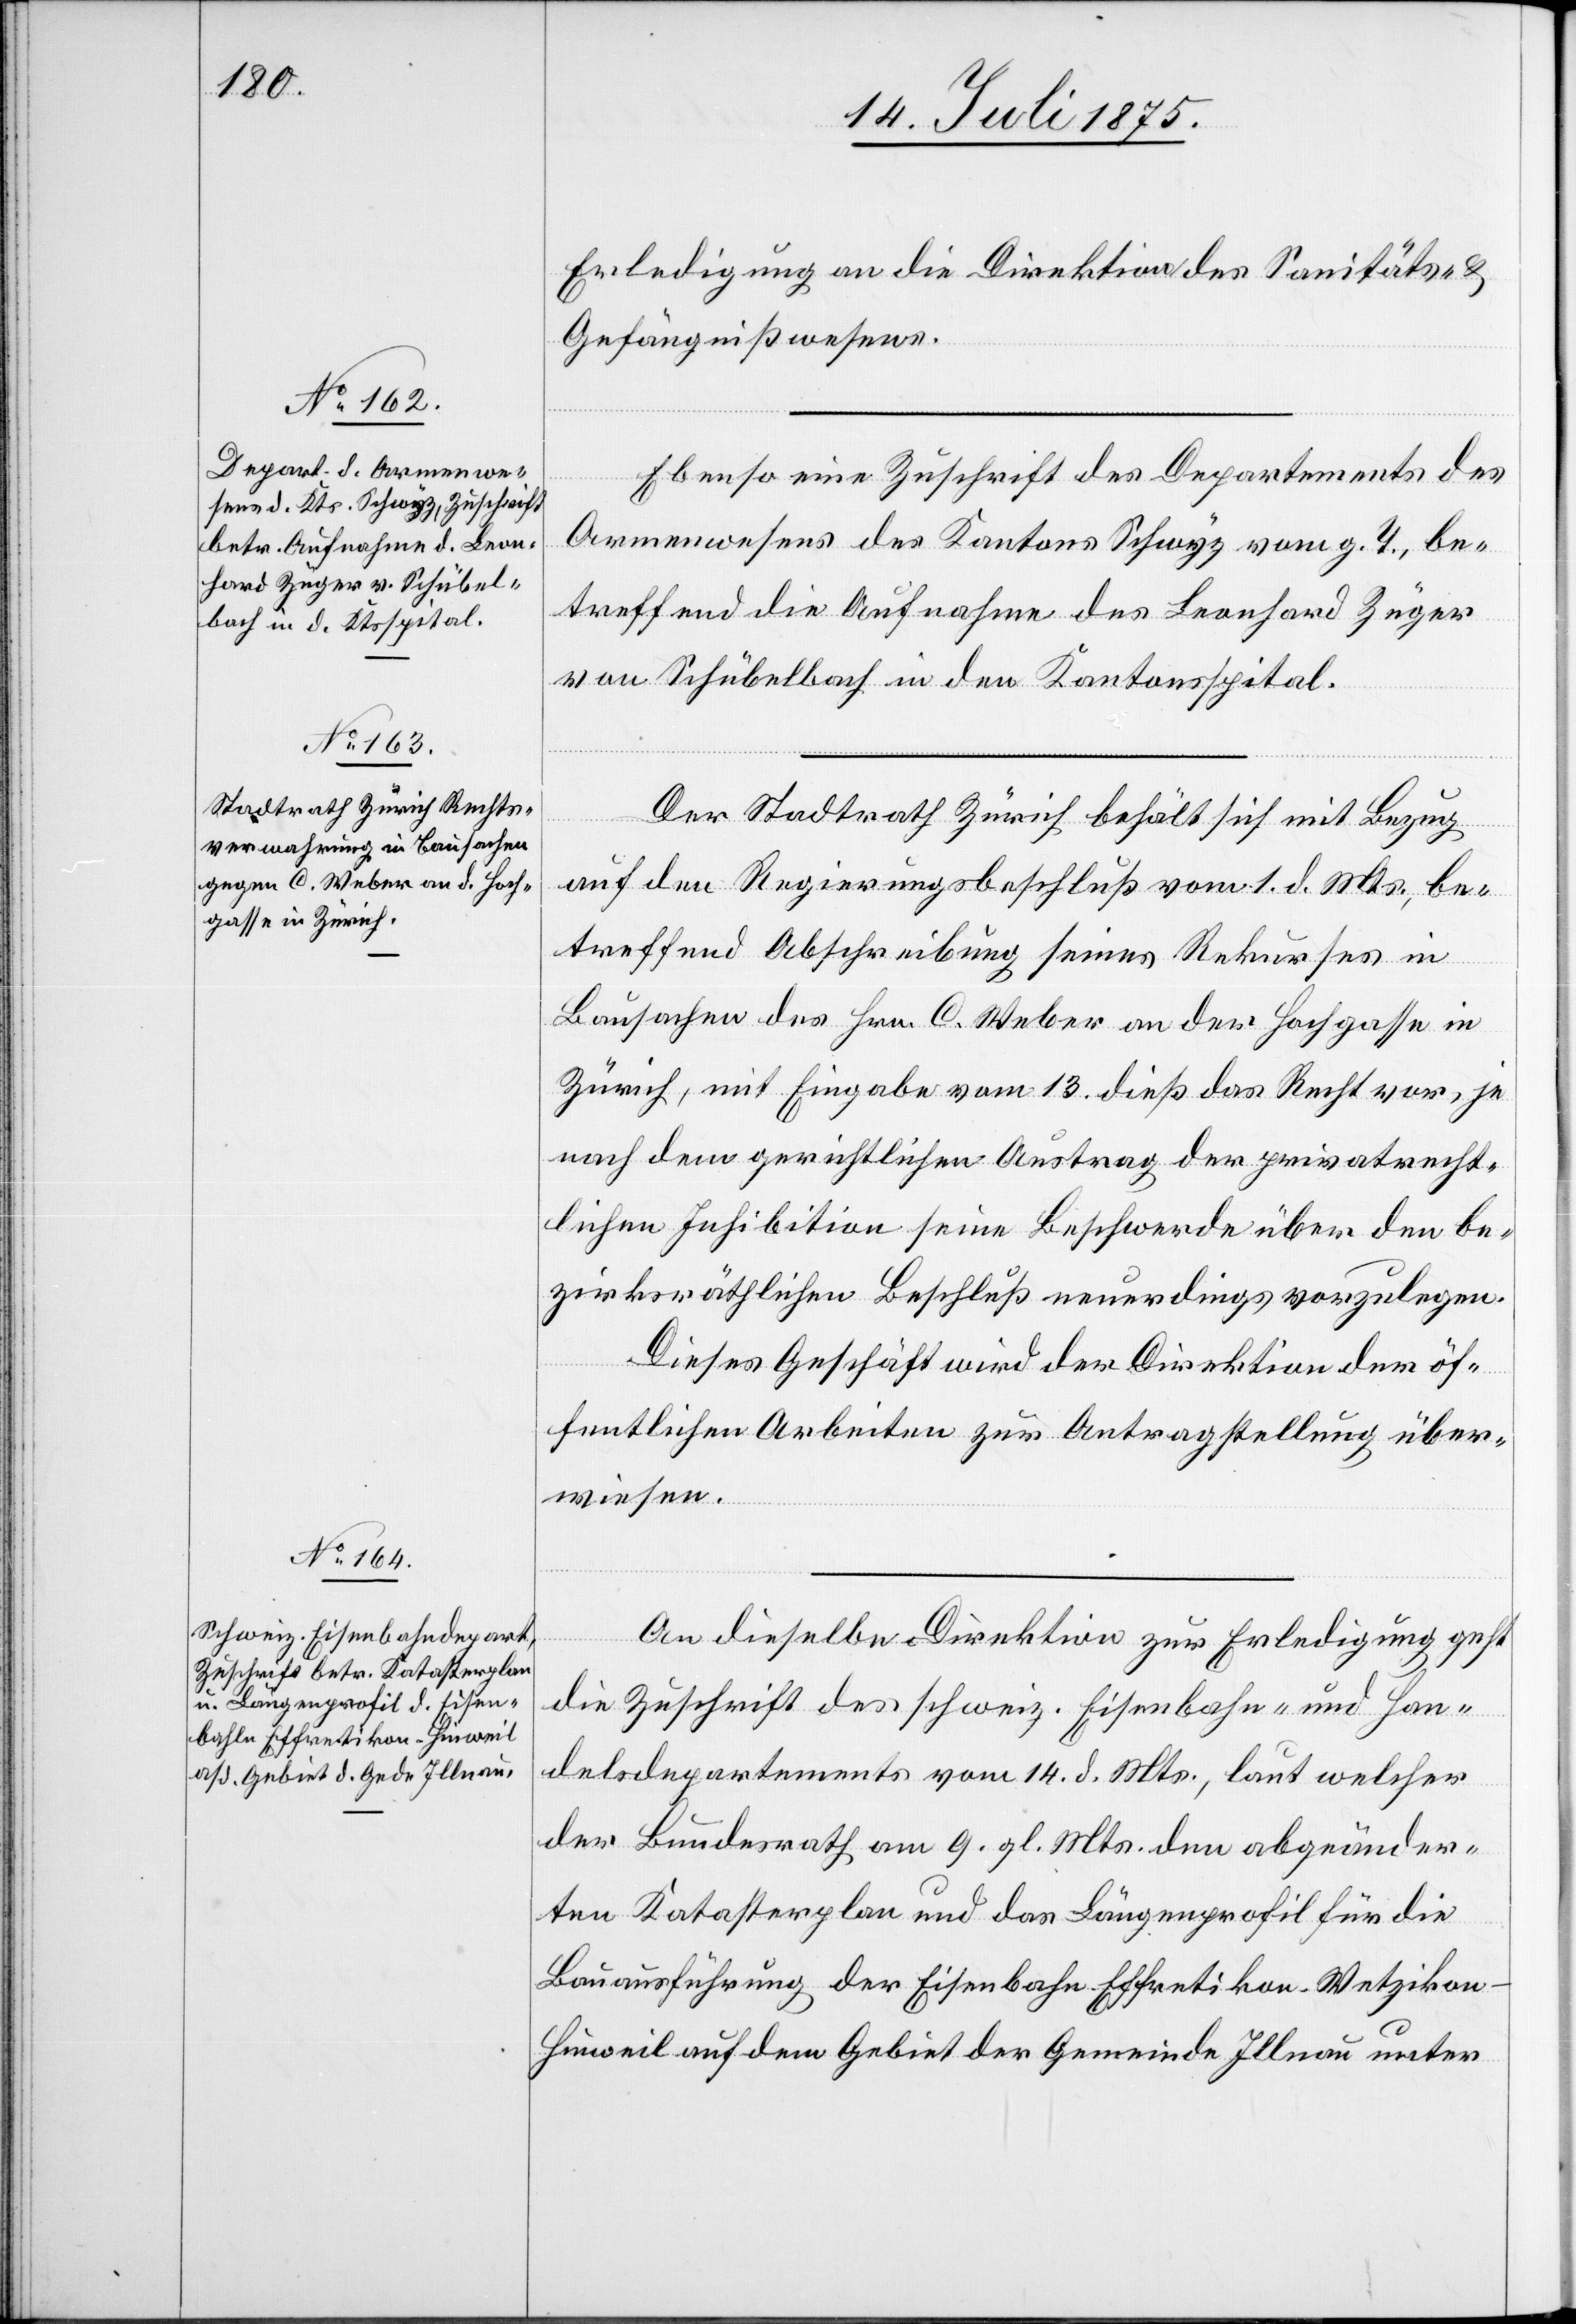
tzung

16. Juli 1875.]
Erledigung an die Direktion des Sanitäts- &
Gefängnißwesens.
Ebenso eine Zuschrift des Departements des
Armenwesens des Kantons Schwyz vom g. T., be¬
treffend die Aufnahme des Leonhard Züger
von Schübelbach in den Kantonsspital.
[Fortse¬
Der Stadtrath Zürich behält sich mit Bezug
auf den Regierungsbeschluß vom 1. d. Mts., be¬
treffend Abschreibung seines Rekurses in
Bausachen des Hrn. C. Weber an der Hochgasse in
Zürich, mit Eingabe vom 13. dieß das Recht vor, je
nach dem gerichtlichen Austrag der privatrecht¬
lichen Inhibition seine Beschwerde über den be¬
zirksräthlichen Beschluß neuerdings vorzulegen.
Dieses Geschäft wird der Direktion der öf¬
fentlichen Arbeiten zur Antragstellung über¬
wiesen.
An dieselbe Direktion zur Erledigung geht
die Zuschrift des schweiz. Eisenbahn- und Han¬
delsdepartements vom 14. d. Mts., laut welcher
der Bundesrath am 9. gl. Mts. den abgeänder¬
ten Katasterplan und das Längenprofil für die
Bauausführung der Eisenbahn Effretikon–Wetziko¬
n–Hinweil auf dem Gebiet der Gemeinde Illnau unter